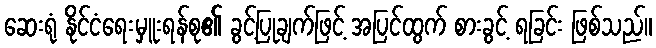
ဆေးရုံ နိုင်ငံရေးမှူးရန်စု၏ ခွင့်ပြုချက်ဖြင့် အပြင်ထွက် စားခွင့် ရခြင်း ဖြစ်သည်။